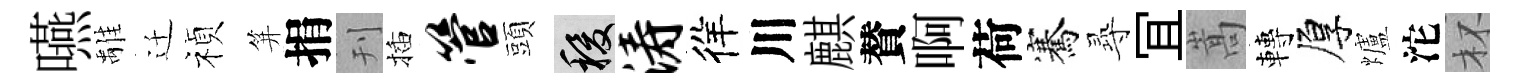
嚥𩀌迁禎笄捐刊插管頭稷涛徉川麒賛啊荷騫𡬶冝嵩轉厚爐沱杯